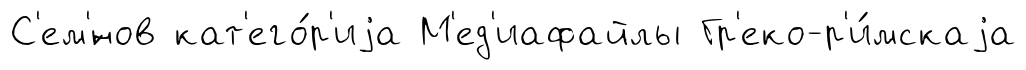
С'ем'́нов кат'его́р'иjа М'ед'иафайлы Гр'еко-р'и́мскаjа